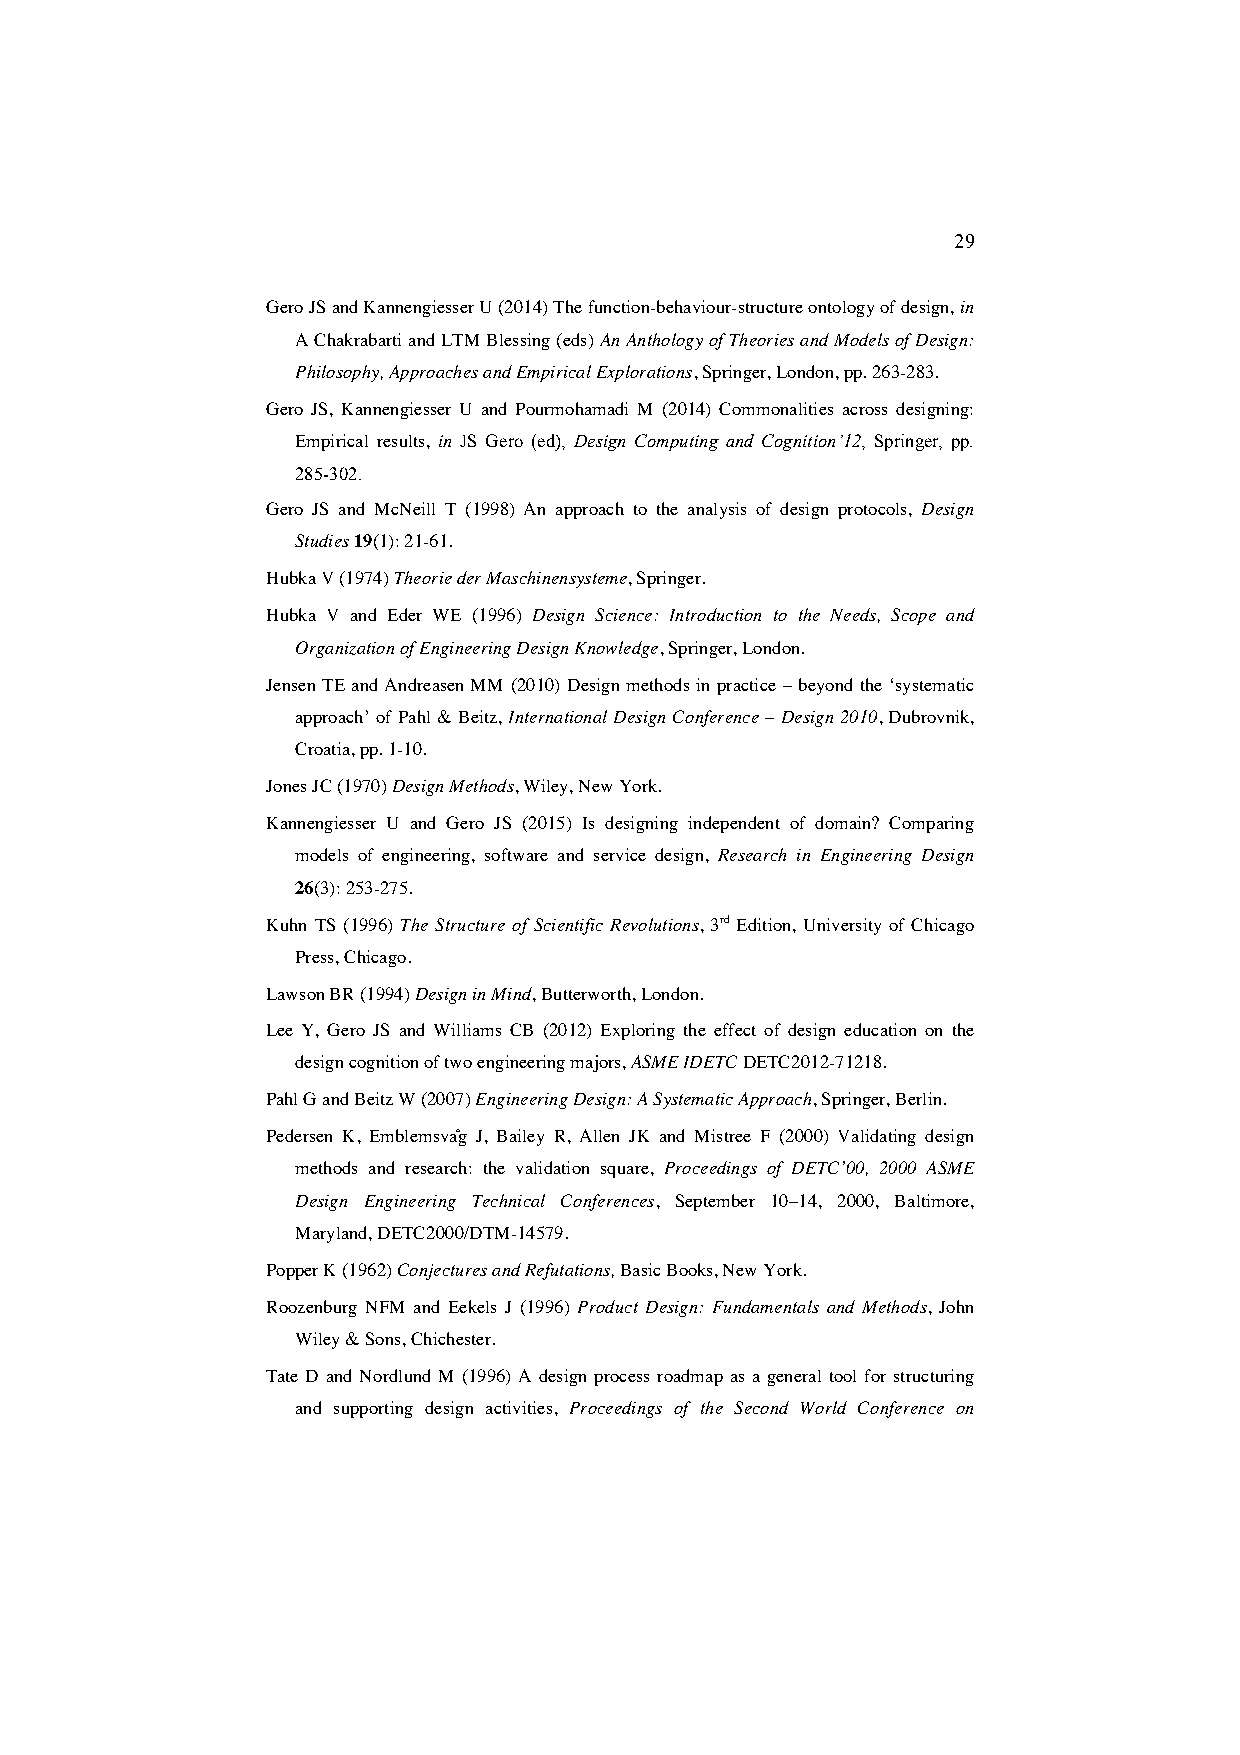
29
 Gero JS and Kannengiesser U (2014) The function-behaviour-structure ontology of design, in
 A Chakrabarti and LTM Blessing (eds) An Anthology of Theories and Models of Design:
 Philosophy, Approaches and Empirical Explorations, Springer, London, pp. 263-283.
 Gero JS, Kannengiesser U and Pourmohamadi M (2014) Commonalities across designing:
 Empirical results, in JS Gero (ed), Design Computing and Cognition’12, Springer, pp.
 285-302.
 Gero JS and McNeill T (1998) An approach to the analysis of design protocols, Design
 Studies 19(1): 21-61.
 Hubka V (1974) Theorie der Maschinensysteme, Springer.
 Hubka V and Eder WE (1996) Design Science: Introduction to the Needs, Scope and
 Organization of Engineering Design Knowledge, Springer, London.
 Jensen TE and Andreasen MM (2010) Design methods in practice – beyond the ‘systematic
 approach’ of Pahl & Beitz, International Design Conference – Design 2010, Dubrovnik,
 Croatia, pp. 1-10.
 Jones JC (1970) Design Methods, Wiley, New York.
 Kannengiesser U and Gero JS (2015) Is designing independent of domain? Comparing
 models of engineering, software and service design, Research in Engineering Design
 26(3): 253-275.
 Kuhn TS (1996) The Structure of Scientific Revolutions, 3rd Edition, University of Chicago
 Press, Chicago.
 Lawson BR (1994) Design in Mind, Butterworth, London.
 Lee Y, Gero JS and Williams CB (2012) Exploring the effect of design education on the
 design cognition of two engineering majors, ASME IDETC DETC2012-71218.
 Pahl G and Beitz W (2007) Engineering Design: A Systematic Approach, Springer, Berlin.
 Pedersen K, Emblemsvåg J, Bailey R, Allen JK and Mistree F (2000) Validating design
 methods and research: the validation square, Proceedings of DETC’00, 2000 ASME
 Design Engineering Technical Conferences, September 10–14, 2000, Baltimore,
 Maryland, DETC2000/DTM-14579.
 Popper K (1962) Conjectures and Refutations, Basic Books, New York.
 Roozenburg NFM and Eekels J (1996) Product Design: Fundamentals and Methods, John
 Wiley & Sons, Chichester.
 Tate D and Nordlund M (1996) A design process roadmap as a general tool for structuring
 and supporting design activities, Proceedings of the Second World Conference on